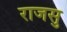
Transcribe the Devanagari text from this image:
राजसु